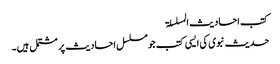
کتب احادیث المسلسلۃ
حدیث نبوی کی ایسی کتب جو مسلسل احادیث پر مشتمل ہیں۔